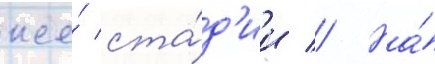
же́ ста́д'ии // На́